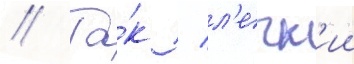
// Та́к / л'егк'ии